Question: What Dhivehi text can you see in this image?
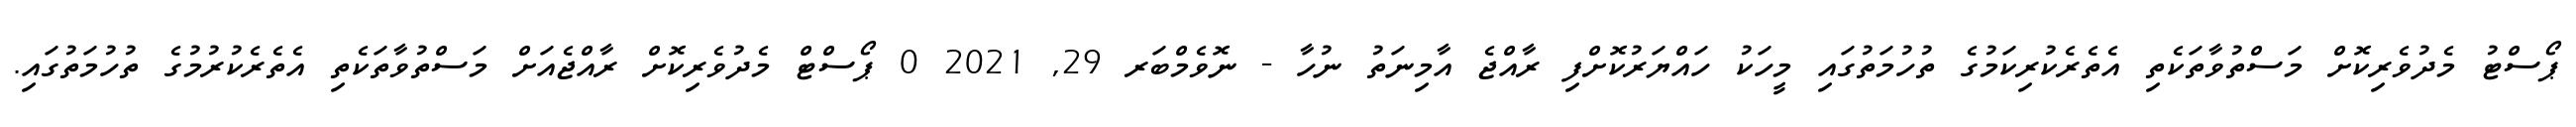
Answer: ޕޯސްޓު މެދުވެރިކޮށް މަސްތުވާތަކެތި އެތެރެކުރިކަމުގެ ތުހުމަތުގައި މީހަކު ހައްޔަރުކޮށްފި ރާއްޖެ އާމިނަތު ނުހާ - ނޮވެމްބަރ 29, 2021 0 ޕޯސްޓް މެދުވެރިކޮށް ރާއްޖެއަށް މަސްތުވާތަކެތި އެތެރެކުރުމުގެ ތުހުމަތުގައި.